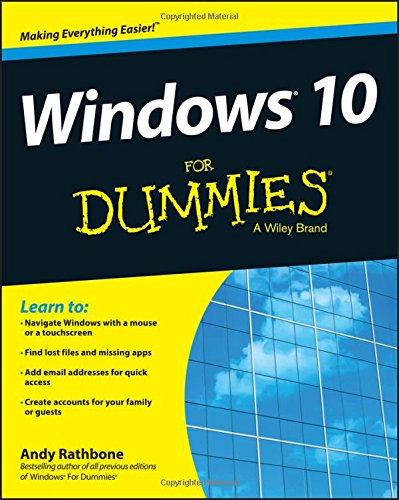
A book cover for Windows 10 For Dummies (For Dummies (Computers)); Andy Rathbone; Computers & Technology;